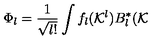
\Phi _ { l } = \frac { 1 } { \sqrt { l ! } } \int f _ { l } ( { \cal K } ^ { l } ) B _ { l } ^ { \ast } ( { \cal K }